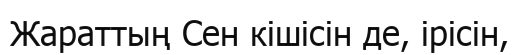
Жараттың Сен кішісін де, ірісін,